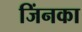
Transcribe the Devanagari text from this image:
जिंनका